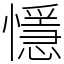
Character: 懚